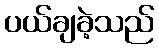
ပယ်ချခဲ့သည်